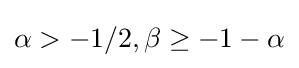
\alpha >-1/2,\beta \geq -1-\alpha